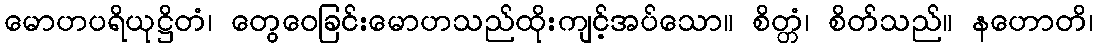
မောဟပရိယုဋ္ဌိတံ၊ တွေဝေခြင်းမောဟသည်ထိုးကျင့်အပ်သော။ စိတ္တံ၊ စိတ်သည်။ နဟောတိ၊